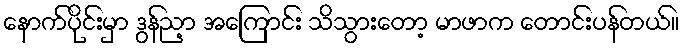
နောက်ပိုင်းမှာ ဒွန်ညာ့ အကြောင်း သိသွားတော့ မာဖာက တောင်းပန်တယ်။